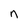
Character: n